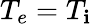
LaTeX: T_{e}=T_{\mathbf{i}}